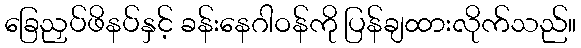
ခြေညှပ်ဖိနပ်နှင့် ခန်းနေဂါဝန်ကို ပြန်ချထားလိုက်သည်။